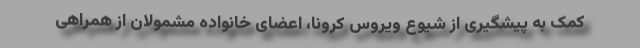
کمک به پیشگیری از شیوع ویروس کرونا، اعضای خانواده مشمولان از همراهی